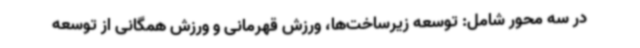
در سه محور شامل: توسعه زیرساخت‌ها، ورزش قهرمانی و ورزش همگانی از توسعه